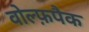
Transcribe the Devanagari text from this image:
वोल्फ़पैक